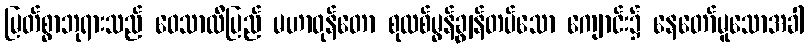
မြတ်စွာဘုရားသည် ဝေသာလီပြည် မဟာဝုန်တော စုလစ်မွန်ချွန်တပ်သော ကျောင်း၌ နေတော်မူသောအခါ